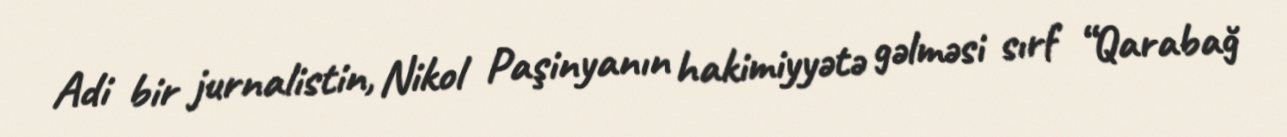
Adi bir jurnalistin, Nikol Paşinyanın hakimiyyətə gəlməsi sırf “Qarabağ